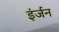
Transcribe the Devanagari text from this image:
इंर्जन